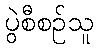
ပွဲစီစဉ်သူ